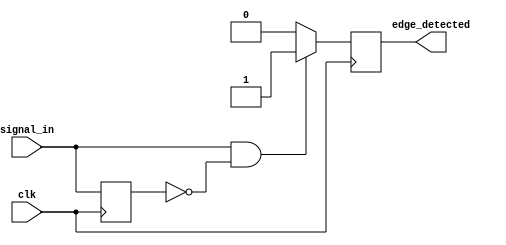
module positive_edge_detector (
    input wire clk,             // Input signal to detect edges
    input wire signal_in,       // Signal for which the edge detection is performed
    output reg edge_detected     // Output pulse indicating rising edge detection
);

    reg signal_prev;            // Previous state of the input signal

    // D Flip-Flop to sample the input signal on the rising edge of the clock
    always @(posedge clk) begin
        signal_prev <= signal_in; // Store the current state of the signal
    end

    // Edge detection logic
    always @(posedge clk) begin
        // Detect rising edge: current signal is high and previous signal is low
        if (signal_in && !signal_prev) begin
            edge_detected <= 1'b1; // Set output high for one clock cycle
        end else begin
            edge_detected <= 1'b0;  // Reset output to low
        end
    end

endmodule